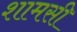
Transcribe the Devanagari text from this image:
शामसी